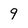
Character: 9